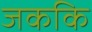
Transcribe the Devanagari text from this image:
जककि